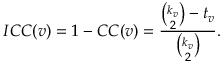
I C C ( v ) = 1 - C C ( v ) = \frac { \binom { k _ { v } } { 2 } - t _ { v } } { \binom { k _ { v } } { 2 } } .